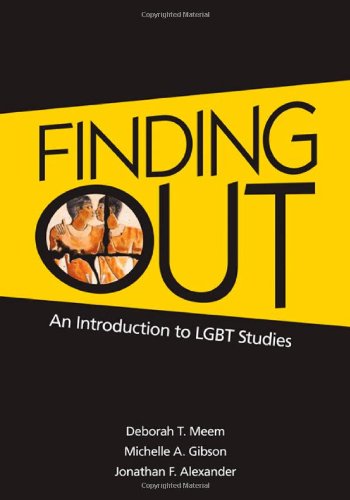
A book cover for Finding Out: An Introduction to LGBT Studies; Deborah T. Meem; Gay & Lesbian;